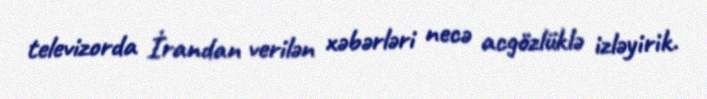
televizorda İrandan verilən xəbərləri necə acgözlüklə izləyirik.